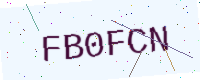
Text: FB0FCN